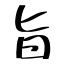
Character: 旨